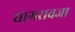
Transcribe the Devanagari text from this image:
घागरावजा